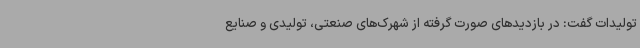
تولیدات گفت: در بازدیدهای صورت گرفته از شهرک‌های صنعتی، تولیدی و صنایع